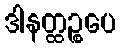
ဒါနတ္ထဉ္စပေ